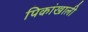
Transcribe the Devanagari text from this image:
पिकांखाली